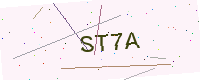
Text: ST7A